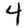
Digit: 4